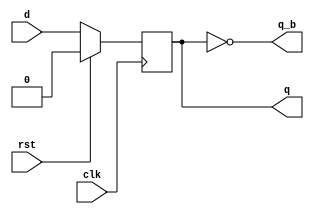
module d_ff(clk,rst,d,q,q_b);
  input clk,rst,d;
  output reg q,q_b;
  assign q_b=~q;
  always@(posedge clk)begin
    if(rst)
      q<=0;
  else
    q<=d;
  end
endmodule